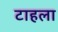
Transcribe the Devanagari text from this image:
टाहला